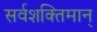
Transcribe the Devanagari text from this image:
सर्वशक्‍तिमान्